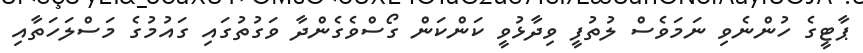
ޕާޓީގެ ހުންނެވި ނަމަވެސް ލުތުފީ ވިދާޅުވީ ކަންކަން ގޯސްވެގެންދާ ވަގުތުގައި ގައުމުގެ މަސްލަހަތާއި